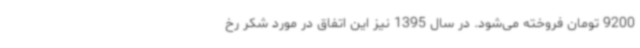
9200 تومان فروخته می‌شود. در سال 1395 نیز این اتفاق در مورد شکر رخ